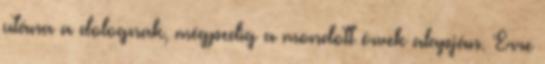
utána a dolognak, mégpedig a mondott érvek alapján. Erre